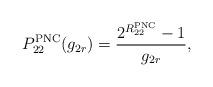
LaTeX: \begin{align*} P_{22}^{\mathrm{PNC}}(g_{2r})=\frac{2^{R_{22}^{\mathrm{PNC}}}-1}{g_{2r}}, \end{align*}